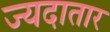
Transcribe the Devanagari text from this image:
ज्यदातार